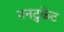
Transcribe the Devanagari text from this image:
ननटुकेट